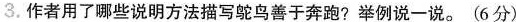
3.作者用了哪些说明方法描写鸵鸟善于奔跑?举例说一说。(6分)